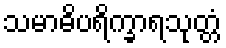
သမာဓိပရိက္ခာရသုတ္တံ